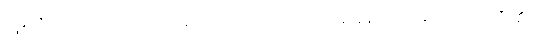
ဖြစ်ပြီ။ ကိရ၊ ကြားရသည်ကား။ တဒါ၊ ထိုအခါ၌။ အမှာကံ၊ ငါတို့၏။